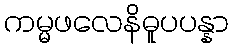
ကမ္မဖလေနိဓူပပန္နာ